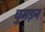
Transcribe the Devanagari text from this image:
घुमड़न